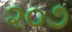
૨૦૭